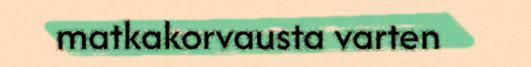
matkakorvausta varten